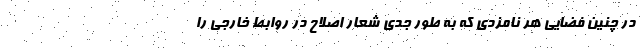
در چنین فضایی هر نامزدی که به طور جدی شعار اصلاح در روابط خارجی را